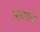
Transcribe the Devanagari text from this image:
अधपचा